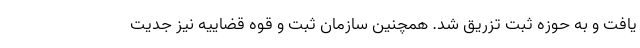
یافت و به حوزه ثبت تزریق شد. همچنین سازمان ثبت و قوه قضاییه نیز جدیت